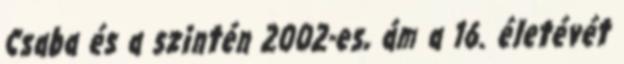
Csaba és a szintén 2002-es, ám a 16. életévét